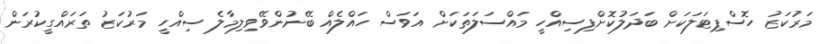
މަރުކަޒު ހޮސްޕިޓަލަކަށް ބަދަލުކޮށްފިސިއްހީ މައްސަލަަތަކަށް އަވަސް ހައްލެއް ބޭނުންވޭވިލިމާލެ ސިއްހީ މަރުކަޒު ތަރައްގީކުރަން